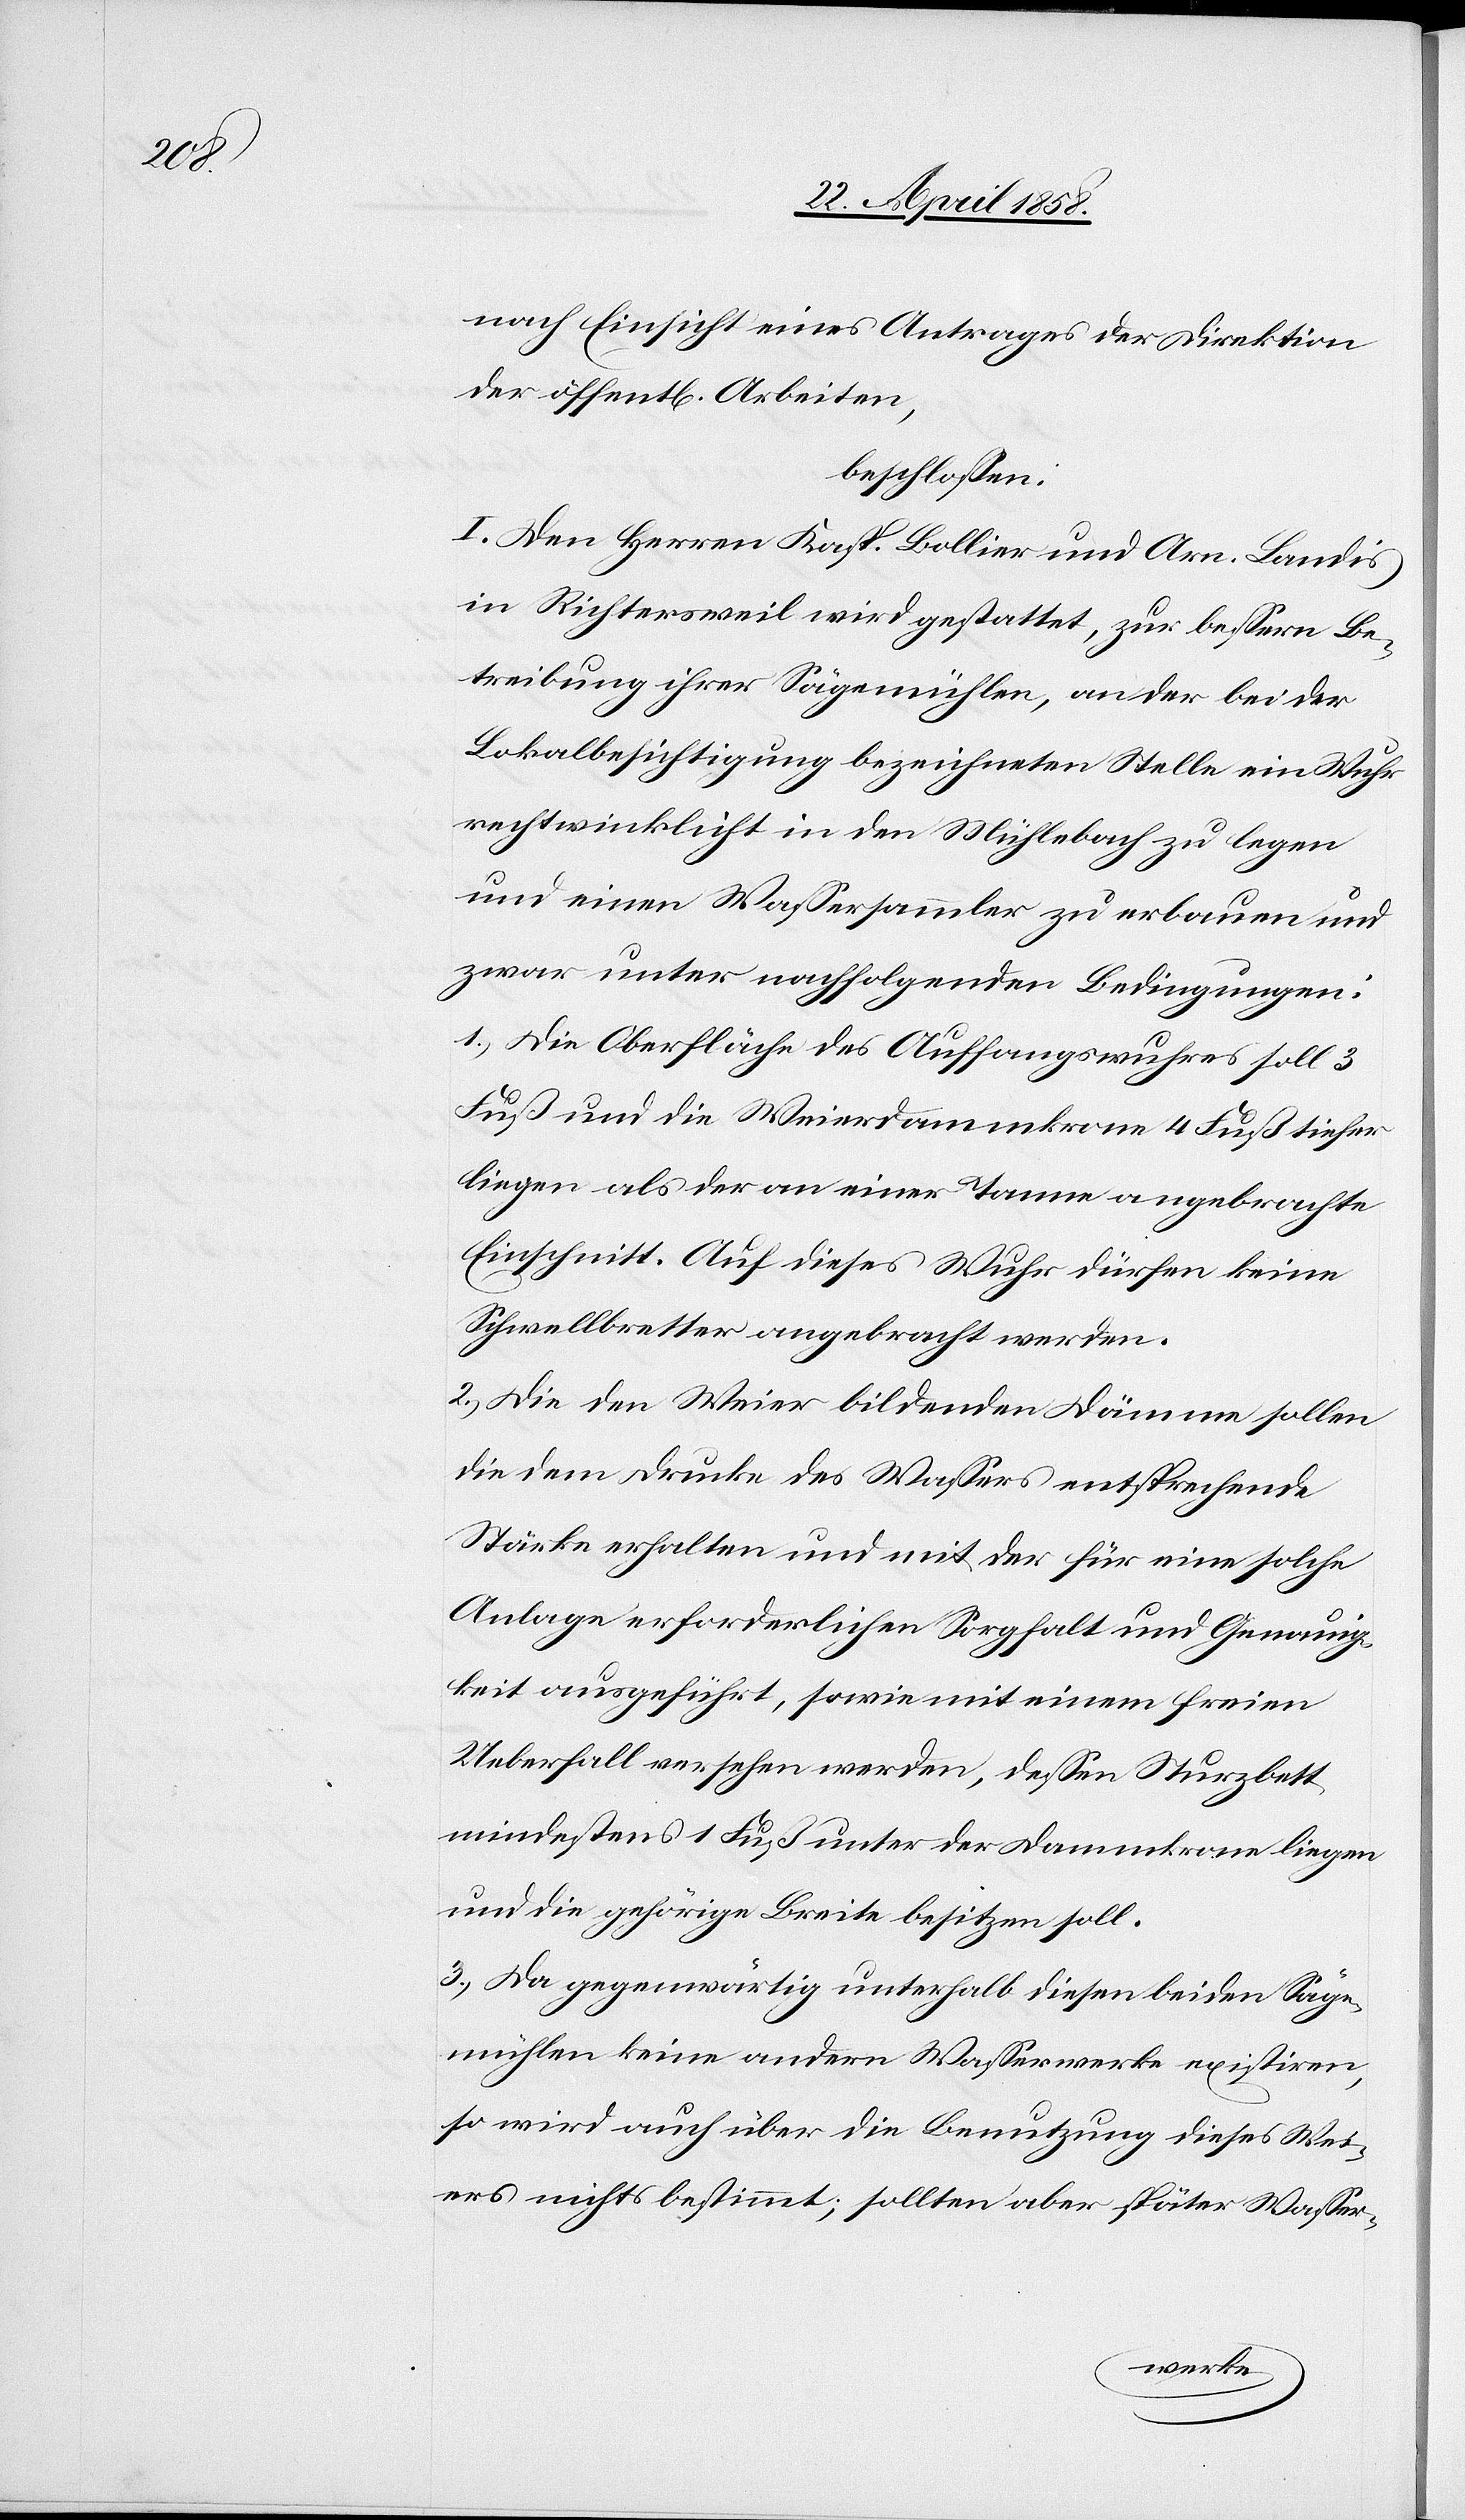
nach Einsicht eines Antrages der Direktion
der öffent[lichen] Arbeiten,
beschlossen:
I. Den Herren Kasp. Bollier und Arn. Landis
in Richtersweil wird gestattet, zur bessern Be¬
treibung ihrer Sägemühlen, an der bei der
Lokalbesichtigung bezeichneten Stelle ein Wuhr
rechtwinklicht in den Mühlebach zu legen
und einen Wassersammler zu erbauen und
zwar unter nachfolgenden Bedingungen:
1.) Die Oberfläche des Auffangswuhres soll 3
Fuß und die Weierdammkrone 4 Fuß tiefer
liegen als der an einer Tanne angebrachte
Einschnitt. Auf dieses Wuhr dürfen keine
Schwellbretter angebracht werden.
2.) Die den Weier bildenden Dämme sollen
die dem Drucke des Wassers entsprechende
Stärke erhalten und mit der für eine solche
Anlage erforderlichen Sorgfalt und Genauig¬
keit ausgeführt, sowie mit einem freien
Ueberfall versehen werden, dessen Sturzbett
mindestens 1 Fuß unter der Dammkrone liegen
und die gehörige Breite besitzen soll.
3.) Da gegenwärtig unterhalb diesen beiden Säge¬
mühlen keine andern Wasserwerke existiren,
so wird auch über die Benutzung dieses Wei¬
ers nichts bestimmt; sollten aber später Wasser-